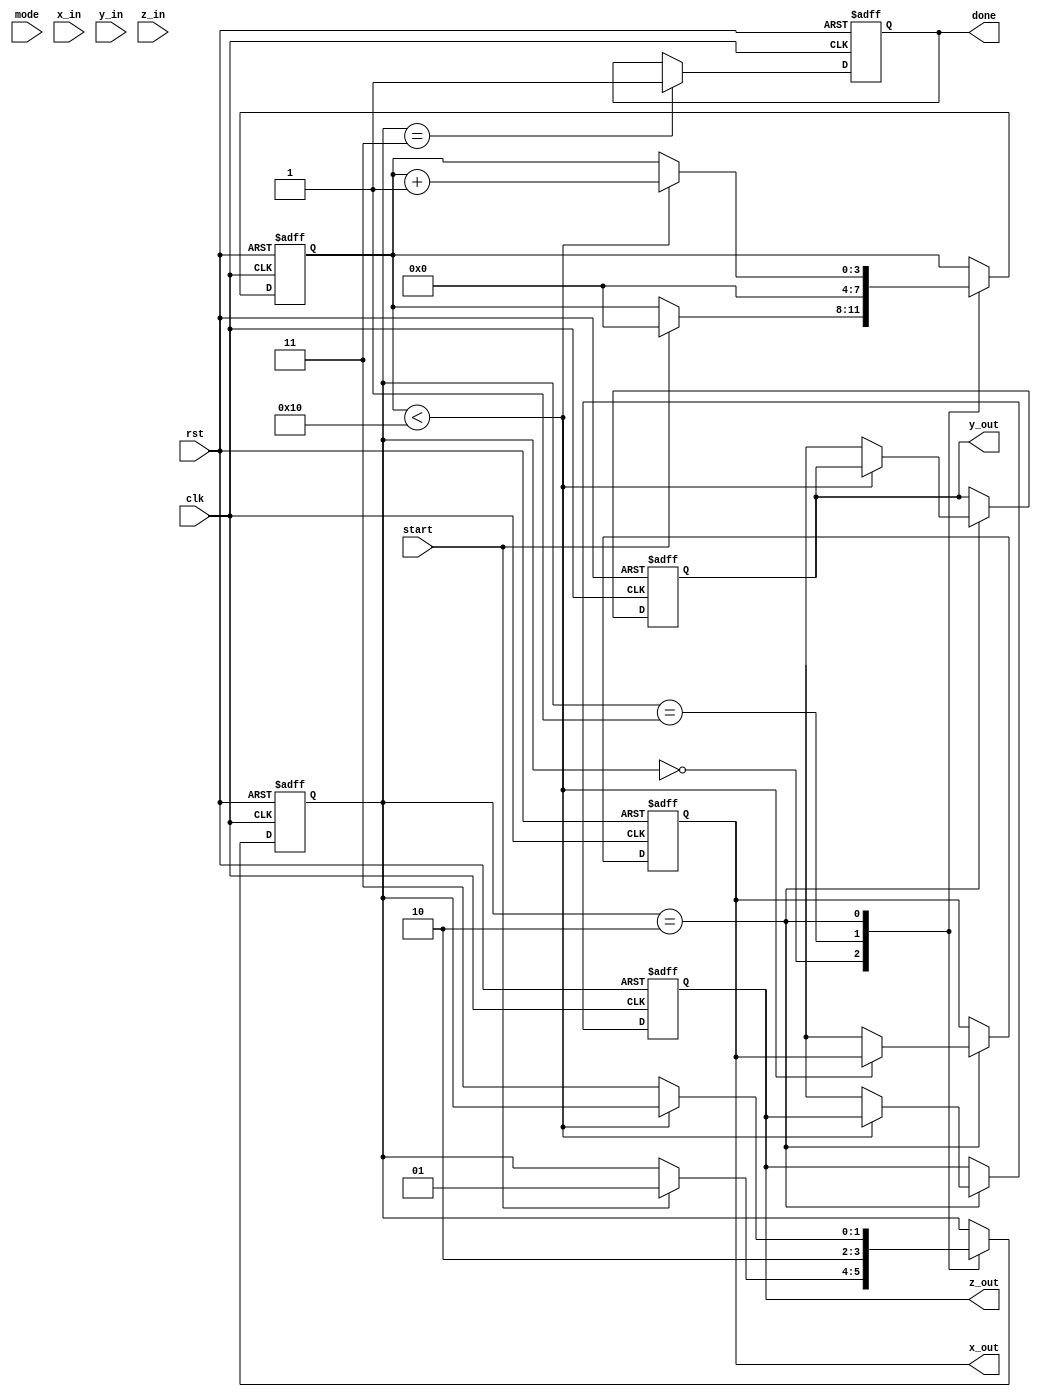
module modified_cordic #(
    parameter DATA_WIDTH = 16,
    parameter NUM_ITERATIONS = 16
)(
    input wire clk,
    input wire rst,
    input wire start,
    input wire mode, // 0: rotation, 1: vectoring
    input wire signed [DATA_WIDTH-1:0] x_in,
    input wire signed [DATA_WIDTH-1:0] y_in,
    input wire signed [DATA_WIDTH-1:0] z_in, // angle for rotation
    output reg signed [DATA_WIDTH-1:0] x_out,
    output reg signed [DATA_WIDTH-1:0] y_out,
    output reg signed [DATA_WIDTH-1:0] z_out,
    output reg done
);

    reg signed [DATA_WIDTH-1:0] x [0:NUM_ITERATIONS-1];
    reg signed [DATA_WIDTH-1:0] y [0:NUM_ITERATIONS-1];
    reg signed [DATA_WIDTH-1:0] z [0:NUM_ITERATIONS-1];
    
    // Precomputed arctangent values (scaled)
    reg signed [DATA_WIDTH-1:0] atan_table [0:NUM_ITERATIONS-1];
    
    // Initialization of atan_table (example values, should be scaled appropriately)
    initial begin
        atan_table[0] = 16'h0000; // atan(0)
        atan_table[1] = 16'h3D21; // atan(1/2^1)
        atan_table[2] = 16'h3A1C; // atan(1/2^2)
        atan_table[3] = 16'h3840; // atan(1/2^3)
        // ... Initialize remaining values ...
        atan_table[NUM_ITERATIONS-1] = 16'h0000; // Last value
    end

    reg [3:0] iter; // Iteration counter
    reg [1:0] state; // FSM state

    // State machine states
    localparam IDLE = 2'b00,
               START = 2'b01,
               COMPUTE = 2'b10,
               DONE = 2'b11;

    // Iteration logic
    always @(posedge clk or posedge rst) begin
        if (rst) begin
            iter <= 0;
            state <= IDLE;
            done <= 0;
            x_out <= 0;
            y_out <= 0;
            z_out <= 0;
        end else begin
            case (state)
                IDLE: begin
                    if (start) begin
                        x[0] <= x_in;
                        y[0] <= y_in;
                        z[0] <= mode ? z_in : 0; // set z for vectoring
                        iter <= 0;
                        state <= START;
                    end
                end
                START: begin
                    iter <= 0;
                    state <= COMPUTE;
                end
                COMPUTE: begin
                    if (iter < NUM_ITERATIONS) begin
                        // Perform CORDIC iteration
                        if (y[iter] < 0) begin // Rotate or vectoring based on mode
                            x[iter + 1] <= x[iter] + (y[iter] >>> iter);
                            y[iter + 1] <= y[iter] - (x[iter] >>> iter);
                            z[iter + 1] <= z[iter] + atan_table[iter];
                        end else begin
                            x[iter + 1] <= x[iter] - (y[iter] >>> iter);
                            y[iter + 1] <= y[iter] + (x[iter] >>> iter);
                            z[iter + 1] <= z[iter] - atan_table[iter];
                        end
                        iter <= iter + 1;
                    end else begin
                        // Final output assignment
                        x_out <= x[NUM_ITERATIONS];
                        y_out <= y[NUM_ITERATIONS];
                        z_out <= z[NUM_ITERATIONS];
                        state <= DONE;
                    end
                end
                DONE: begin
                    done <= 1; // Indicate done
                end
            endcase
        end
    end

endmodule